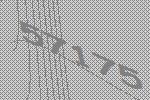
57175